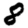
Digit: 8